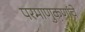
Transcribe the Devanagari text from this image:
परमाणुकणांचे